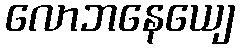
လောဘနေယျေ